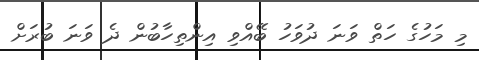
މި މަހުގެ ހަތް ވަނަ ދުވަހު ބޭއްވި އިންތިހާބުން ދެ ވަނަ ބުރަށް